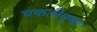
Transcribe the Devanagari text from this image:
चकतीनुमा